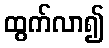
ထွက်လာ၍